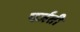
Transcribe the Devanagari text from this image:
पर्जती